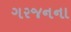
ગરજનના